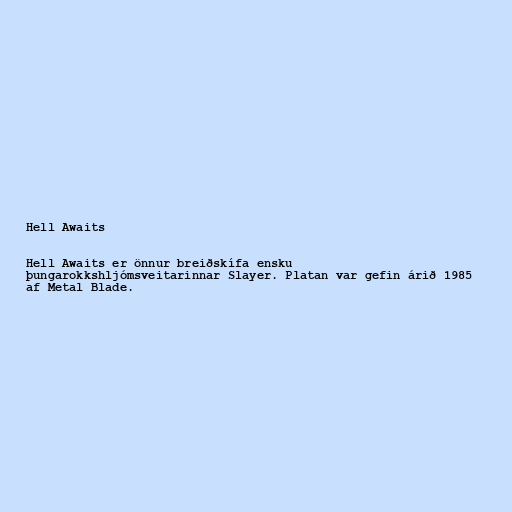
Hell Awaits

Hell Awaits er önnur breiðskífa ensku
þungarokkshljómsveitarinnar Slayer. Platan var gefin árið 1985
af Metal Blade.